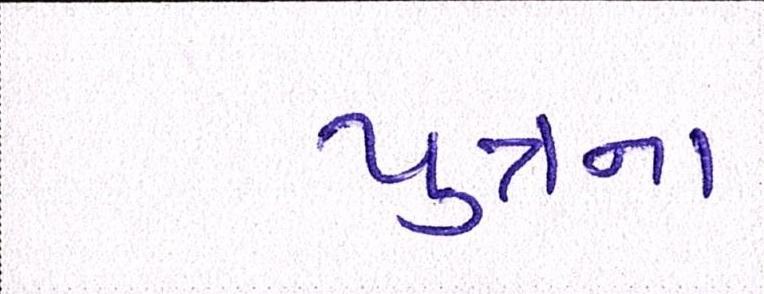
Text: પુત્રના